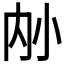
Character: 𪧿